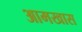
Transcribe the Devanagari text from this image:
आमखास